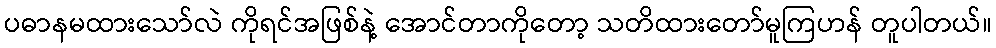
ပဓာနမထားသော်လဲ ကိုရင်အဖြစ်နဲ့ အောင်တာကိုတော့ သတိထားတော်မူကြဟန် တူပါတယ်။